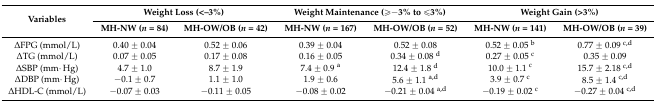
<table><thead><tr><td rowspan="2"><b>Variables</b></td><td colspan="2"><b>Weight Loss (&lt;−3%)</b></td><td colspan="2"><b>Weight Maintenance (≥−3% to ≤3%)</b></td><td colspan="2"><b>Weight Gain (&gt;3%)</b></td></tr><tr><td><b>MH-NW (<i>n</i> = 84)</b></td><td><b>MH-OW/OB (<i>n</i> = 42)</b></td><td><b>MH-NW (<i>n</i> = 167)</b></td><td><b>MH-OW/OB (<i>n</i> = 52)</b></td><td><b>MH-NW (<i>n</i> = 141)</b></td><td><b>MH-OW/OB (<i>n</i> = 39)</b></td></tr></thead><tbody><tr><td>ΔFPG (mmol/L)</td><td>0.40 ± 0.04</td><td>0.52 ± 0.06</td><td>0.39 ± 0.04</td><td>0.52 ± 0.08</td><td>0.52 ± 0.05 <sup>b</sup></td><td>0.77 ± 0.09 <sup>c,d</sup></td></tr><tr><td>ΔTG (mmol/L)</td><td>0.07 ± 0.05</td><td>0.17 ± 0.08</td><td>0.16 ± 0.05</td><td>0.34 ± 0.08 <sup>d</sup></td><td>0.27 ± 0.05 <sup>c</sup></td><td>0.35 ± 0.09</td></tr><tr><td>ΔSBP (mm·Hg)</td><td>4.7 ± 1.0</td><td>8.7 ± 1.9</td><td>7.4 ± 0.9 <sup>a</sup></td><td>12.4 ± 1.8 <sup>d</sup></td><td>10.0 ± 1.1 <sup>c</sup></td><td>15.7 ± 2.18 <sup>c,d</sup></td></tr><tr><td>ΔDBP (mm·Hg)</td><td>−0.1 ± 0.7</td><td>1.1 ± 1.0</td><td>1.9 ± 0.6</td><td>5.6 ± 1.1 <sup>a,d</sup></td><td>3.9 ± 0.7 <sup>c</sup></td><td>8.5 ± 1.4 <sup>c,d</sup></td></tr><tr><td>ΔHDL-C (mmol/L)</td><td>−0.07 ± 0.03</td><td>−0.11 ± 0.05</td><td>−0.08 ± 0.02</td><td>−0.21 ± 0.04 <sup>a,d</sup></td><td>−0.19 ± 0.02 <sup>c</sup></td><td>−0.27 ± 0.04 <sup>c,d</sup></td></tr></tbody></table>